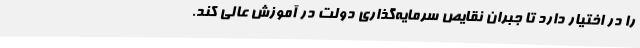
را در اختیار دارد تا جبران نقایص سرمایه‌گذاری دولت در آموزش عالی کند.